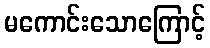
မကောင်းသောကြောင့်